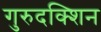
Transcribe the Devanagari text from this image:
गुरुदक्शिन